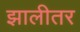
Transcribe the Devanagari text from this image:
झालीतर